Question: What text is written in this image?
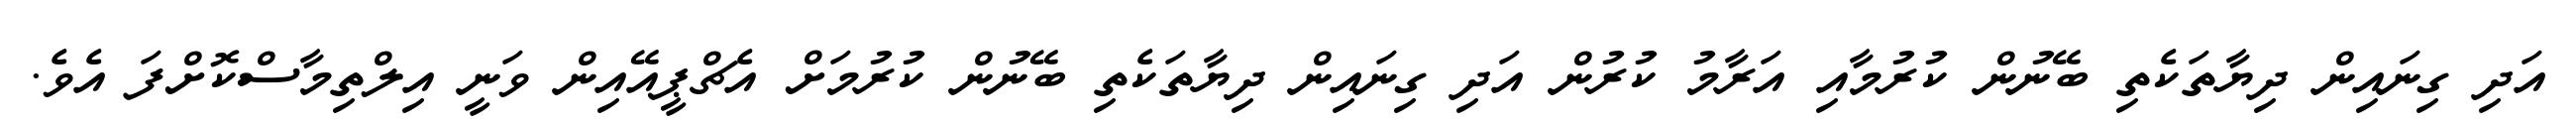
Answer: އަދި ގިނައިން ދިޔާތަކެތި ބޭނުން ކުރުމާއި އަރާމު ކުރުން އަދި ގިނައިން ދިޔާތަކެތި ބޭނުން ކުރުމަށް އެޗްޕީއޭއިން ވަނީ އިލްތިމާސްކޮށްފަ އެވެ.